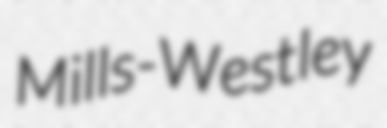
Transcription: Mills-Westley